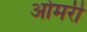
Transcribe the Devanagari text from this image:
ओमरी